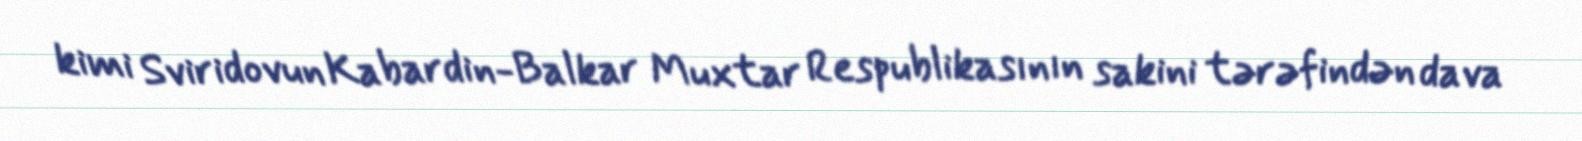
kimi Sviridovun Kabardin-Balkar Muxtar Respublikasının sakini tərəfindən dava